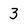
Character: 3